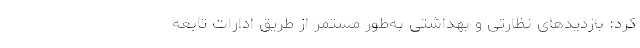
کرد: بازدیدهای نظارتی و بهداشتی به‌طور مستمر از طریق ادارات تابعه